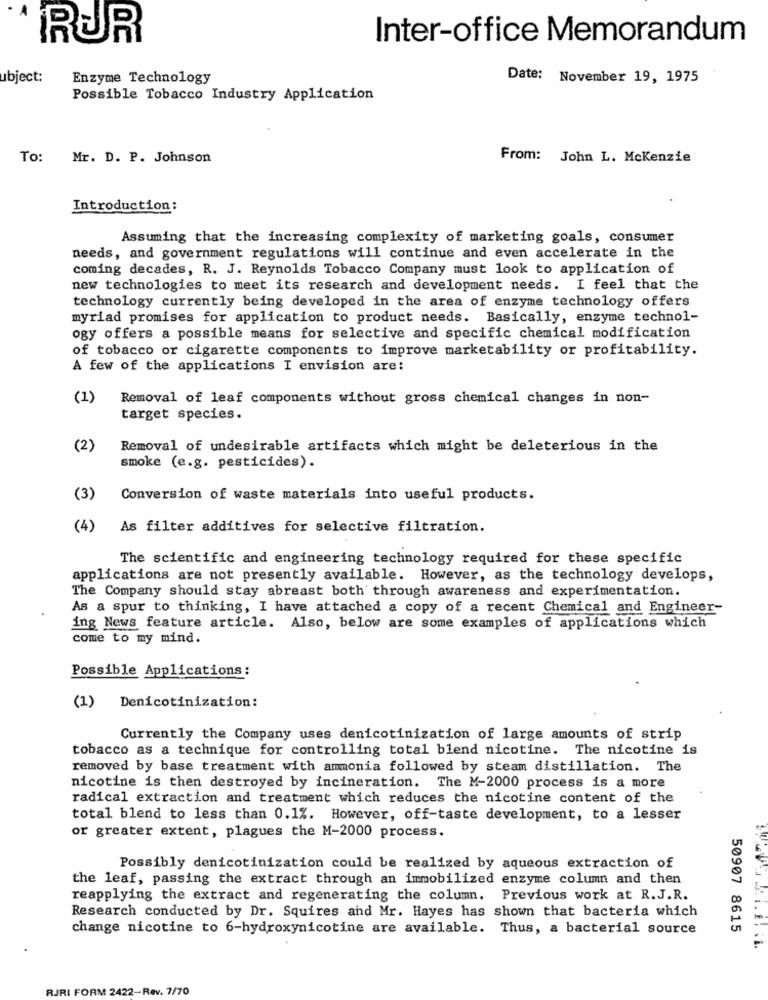
IRUR
Inter-office Memorandum
ubject:
Enzyme Technology
Date: November 19, 1975
Possible Tobacco Industry Application
To: Mr. D. P. Johnson
From: John L. Mckenzie
Introduction:
Assuming that the increasing complexity of marketing goals, consumer
needs, and government regulations will continue and even accelerate in the
coming decades, R. J. Reynolds Tobacco Company must look to application of
new technologies to meet its research and development needs. I feel that the
technology currently being developed in the area of enzyme technology offers
myriad promises for application to product needs. Basically, enzyme technol-
ogy offers a possible means for selective and specific chemical modification
of tobacco or cigarette components to improve marketability or profitability.
A few of the applications I envision are:
(1)
Removal of leaf components without gross chemical changes in non-
target species.
(2)
Removal of undesirable artifacts which might be deleterious in the
smoke (e.g. pesticides).
(3)
Conversion of waste materials into useful products.
(4)
As filter additives for selective filtration.
The scientific and engineering technology required for these specific
applications are not presently available. However, as the technology develops,
The Company should stay abreast both through awareness and experimentation.
As a spur to thinking, I have attached a copy of a recent Chemical and Engineer-
ing News feature article. Also, below are some examples of applications which
come to my mind.
Possible Applications:
(1) Denicotinization:
Currently the Company uses denicotinization of large amounts of strip
tobacco as a technique for controlling total blend nicotine. The nicotine is
removed by base treatment with ammonia followed by steam distillation. The
nicotine is then destroyed by incineration. The M-2000 process is a more
radical extraction and treatment which reduces the nicotine content of the
total blend to less than 0.1%. However, off-taste development, to a lesser
or greater extent, plagues the M-2000 process.
Possibly denicotinization could be realized by aqueous extraction of
the leaf, passing the extract through an immobilized enzyme column and then
reapplying the extract and regenerating the column. Previous work at R.J.R.
Research conducted by Dr. Squires and Mr. Hayes has shown that bacteria which
change nicotine to 6-hydroxynicotine are available. Thus, a bacterial source
50907 8615
RJRI FORM 2422-Rev. 7/70